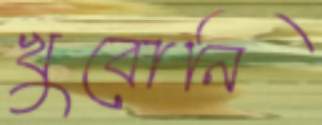
খুবোনি